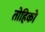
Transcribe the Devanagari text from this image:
तोहिको